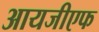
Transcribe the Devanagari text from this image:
आयजीएफ